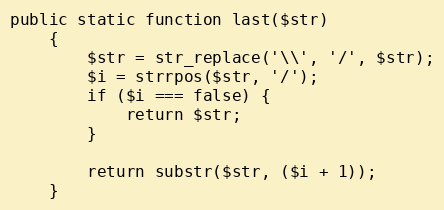
Language: PHP
public static function last($str)
    {
        $str = str_replace('\\', '/', $str);
        $i = strrpos($str, '/');
        if ($i === false) {
            return $str;
        }

        return substr($str, ($i + 1));
    }